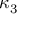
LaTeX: \, \kappa _ { 3 }